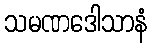
သမဏဒေါသာနံ